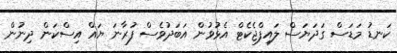
ކަނޑު މަޑަސް ގަދަޔަސް ލައިފްޖެކެޓް އެޅުވުން އަބަދުވެސް ފުރާނަ ޔައް އިސްކަން ދިނުން